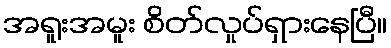
အရူးအမူး စိတ်လှုပ်ရှားနေပြီ။